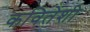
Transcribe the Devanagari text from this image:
कवितेशी